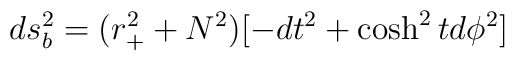
ds_{b}^{2}=(r_{+}^{2}+N^{2})[-dt^{2}+\cosh ^{2}td\phi ^{2}]